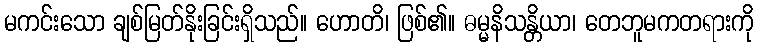
မကင်းသော ချစ်မြတ်နိုးခြင်းရှိသည်။ ဟောတိ၊ ဖြစ်၏။ ဓမ္မနိသန္တိယာ၊ တေဘူမကတရားကို